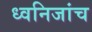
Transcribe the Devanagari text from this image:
ध्वनिजांच